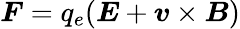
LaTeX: {\boldsymbol F}=q_{e}({\boldsymbol E}+{\boldsymbol v}\times{\boldsymbol B})